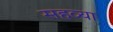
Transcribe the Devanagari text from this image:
सहव्या